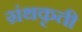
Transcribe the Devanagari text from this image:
ग्रंथकृती